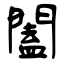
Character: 闔